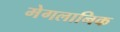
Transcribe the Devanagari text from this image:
मेगलानिक